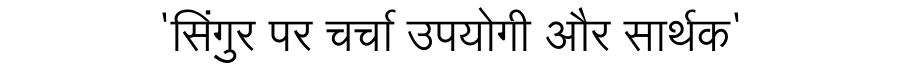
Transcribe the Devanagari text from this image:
'सिंगुर पर चर्चा उपयोगी और सार्थक'